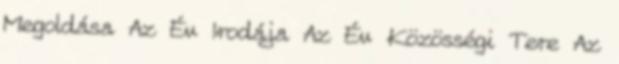
Megoldása Az Év Irodája Az Év Közösségi Tere Az